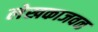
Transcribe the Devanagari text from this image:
लेखकाजवळ